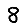
Digit: 8